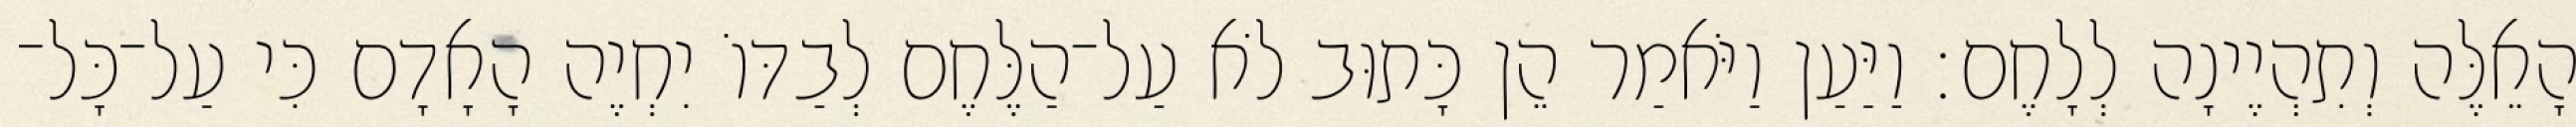
הָאֵלֶּה וְתִהְיֶינָה לְלָחֶם׃ וַיַּעַן וַיֹּאמַר הֵן כָּתוּב לֹא עַל־הַלֶּחֶם לְבַדּוֹ יִחְיֶה הָאָדָם כִּי עַל־כָּל־